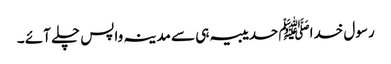
رسول خداﷺ حدیبیہ ہی سے مدینہ واپس چلے آئے ۔